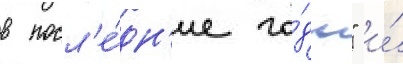
в посл'е́дн'ие го́ды" и́